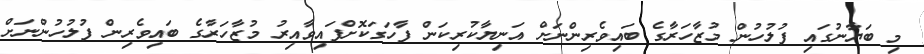
މި ބަޔާނުގައި ފުލުހުން މުޒާހަރާގެ ބައިވެރިންނަށް އަނިޔާކުރިކަން ފާހަގަކޮށްފައިވާއިރު މުޒާހަރާގެ ބައިވެރިން ފުލުހުންނަށް